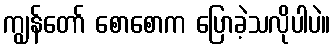
ကျွန်တော် စောစောက ပြောခဲ့သလိုပါပဲ။